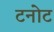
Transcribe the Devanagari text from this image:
टनोट